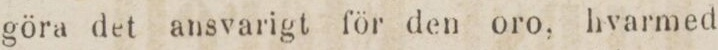
göra det ansvarigt för den oro, hvarmed